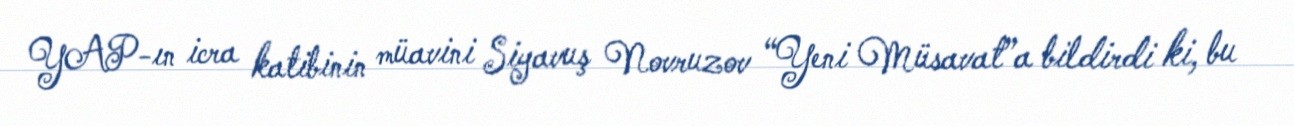
YAP-ın icra katibinin müavini Siyavuş Novruzov “Yeni Müsavat”a bildirdi ki, bu